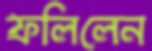
ফলিলেন